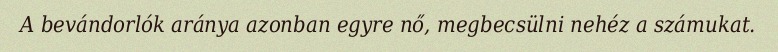
A bevándorlók aránya azonban egyre nő, megbecsülni nehéz a számukat.